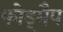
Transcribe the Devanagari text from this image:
फोड्मैप